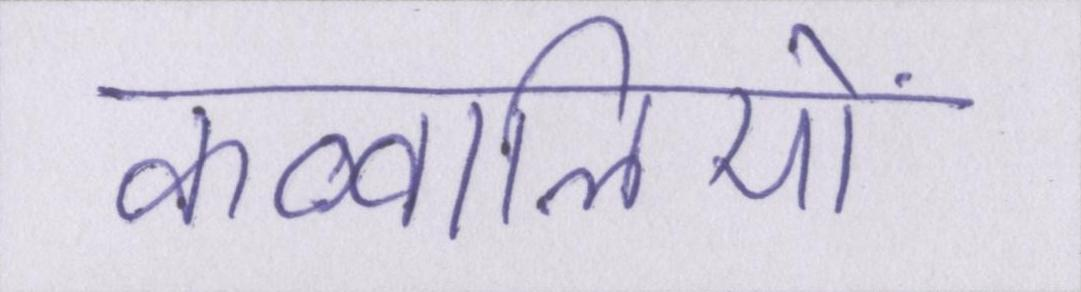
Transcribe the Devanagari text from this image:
कव्वालियों